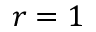
r = 1